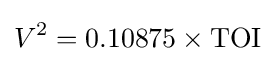
V^{2}=0.10875\times \mathrm {TOI}